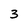
Character: 3